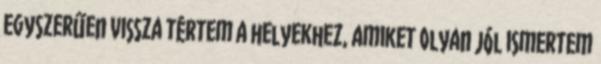
Egyszerűen vissza tértem a helyekhez, amiket olyan jól ismertem